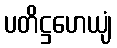
ပတိဋ္ဌဟေယျံ